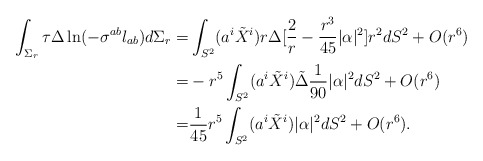
\begin{align*} \int_{\Sigma_r} \tau \Delta \ln (-\sigma^{ab}l_{ab}) d\Sigma_r = &\int_{S^2} (a^i \tilde {X}^i) r \Delta [\frac{2}{r} -\frac{ r^3}{45} |\alpha|^2 ] r^2 dS^2 +O(r^6) \\=& -r^5 \int_{S^2} (a^i \tilde {X}^i) \tilde \Delta \frac{ 1}{90} |\alpha|^2 dS^2+O(r^6) \\=& \frac{1}{45}r^5 \int_{S^2} (a^i \tilde {X}^i) |\alpha|^2 dS^2+O(r^6). \end{align*}